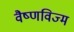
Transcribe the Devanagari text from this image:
वैष्णविज्म